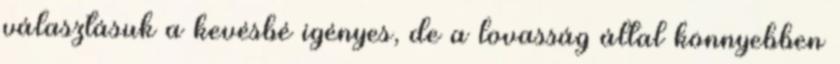
választásuk a kevésbé igényes, de a lovasság által könnyebben